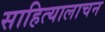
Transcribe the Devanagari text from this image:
साहित्यालाचन